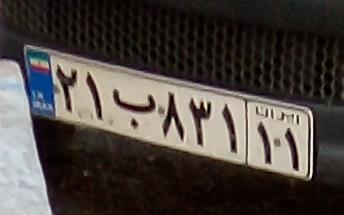
۲۱ب۸۳۱۱۱